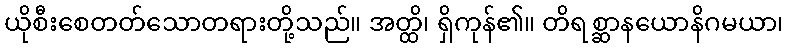
ယိုစီးစေတတ်သောတရားတို့သည်။ အတ္ထိ၊ ရှိကုန်၏။ တိရစ္ဆာနယောနိဂမယာ၊